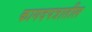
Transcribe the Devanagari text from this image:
कागदपत्रातील